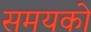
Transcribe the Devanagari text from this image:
समयको